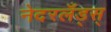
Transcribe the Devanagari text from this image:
नेदरलँड्स्